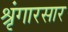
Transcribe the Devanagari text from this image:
श्रृंगारसार